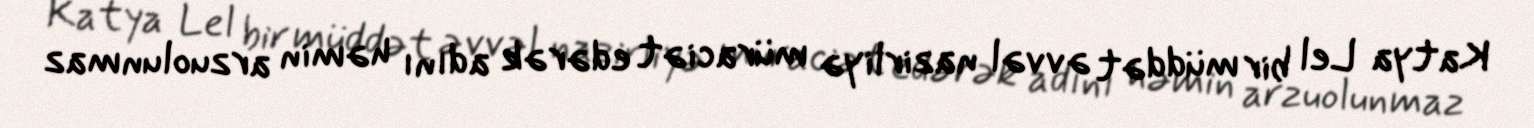
Katya Lel bir müddət əvvəl nazirliyə müraciət edərək adını həmin arzuolunmaz